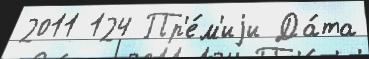
2011 124 Пр'е́м'иjи Да́та